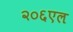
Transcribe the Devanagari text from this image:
२०६एल